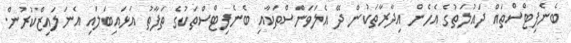
ބެނެފިޓްސްތައް ދައުލަތުގެ އެހެން އިދާރާތަކުން ދޭ އެލަވަންސްތަކާއި ބެނެފިޓްސްތަކުގެ ތަފާތު އަޅައިބަލައި އެނަލައިޒްކުރުން.